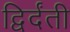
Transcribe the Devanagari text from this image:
द्विर्दंती